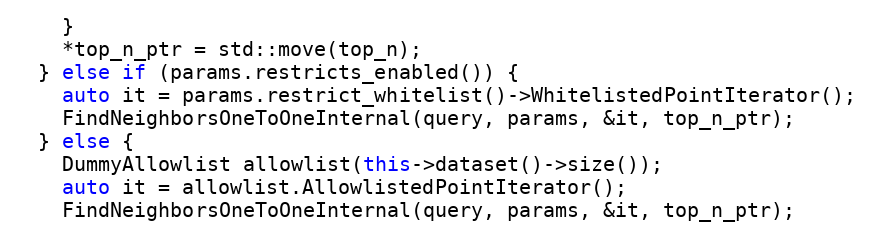
Language: C++
    }
    *top_n_ptr = std::move(top_n);
  } else if (params.restricts_enabled()) {
    auto it = params.restrict_whitelist()->WhitelistedPointIterator();
    FindNeighborsOneToOneInternal(query, params, &it, top_n_ptr);
  } else {
    DummyAllowlist allowlist(this->dataset()->size());
    auto it = allowlist.AllowlistedPointIterator();
    FindNeighborsOneToOneInternal(query, params, &it, top_n_ptr);